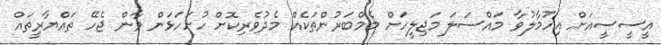
އީސީސީއަށް އިހުމާލުވާ މައްސަލަ މަޖިލީހަށް މެމްބަރުންތަކެއް މެދުވެރިކޮށް ހުށަހަޅަން ވާން ޖެހޭ ތައްޔާރީތައް